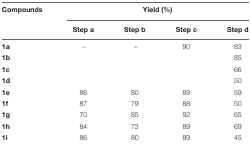
| Compounds | <COLSPAN=4> Yield (%) |
 |  | Step a | Step b | Step c | Step d |
 | --- | --- | --- | --- | --- |
 | 1a | – | – | 90 | 83 |
 | 1b |  |  |  | 85 |
 | 1c |  |  |  | 66 |
 | 1d |  |  |  | 50 |
 | 1e | 86 | 80 | 89 | 59 |
 | 1f | 87 | 79 | 88 | 50 |
 | 1g | 70 | 85 | 92 | 65 |
 | 1h | 84 | 73 | 89 | 69 |
 | 1i | 86 | 80 | 89 | 45 |